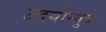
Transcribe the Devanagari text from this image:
उदयोन्मुळ